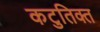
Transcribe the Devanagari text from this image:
कटुतिक्त